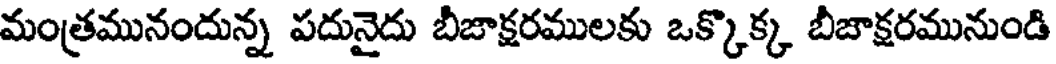
మంత్రమునందున్న పదునైదు బీజాక్షరములకు ఒక్కొక్క బీజాక్షరమునుండి